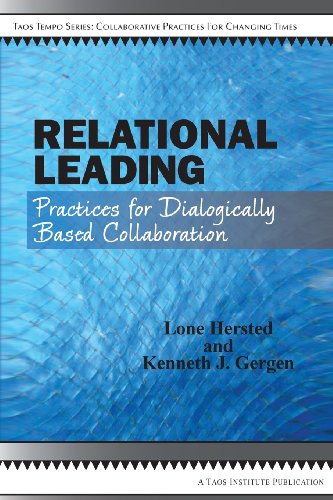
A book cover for Relational Leading; Lone Hersted; Health, Fitness & Dieting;